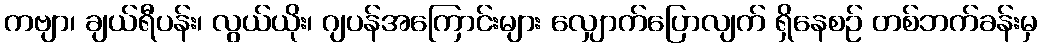
ကဗျာ၊ ချယ်ရီပန်း၊ လွယ်ယိုး၊ ဂျပန်အကြောင်းများ လျှောက်ပြောလျက် ရှိနေစဉ် တစ်ဘက်ခန်းမှ